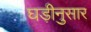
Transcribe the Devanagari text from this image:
घड़ीनुसार